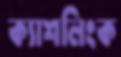
ক্যাশলিংক